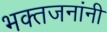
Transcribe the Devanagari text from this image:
भक्तजनांनी